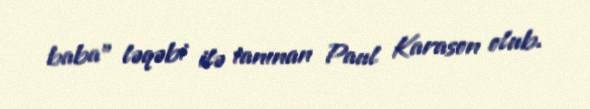
baba" ləqəbi ilə tanınan Paul Karason olub.